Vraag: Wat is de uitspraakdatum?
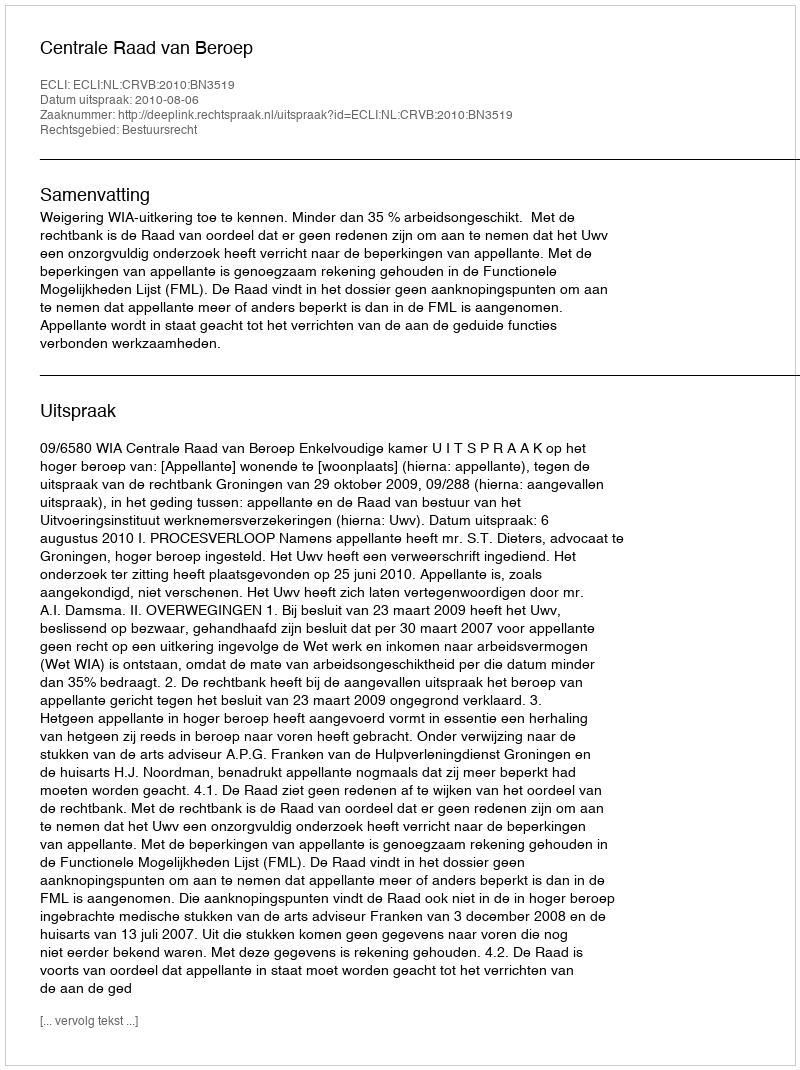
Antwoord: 2010-08-06